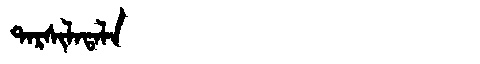
Manchu: ᡨᠠᡵᠰᡳᠯᠠᡨᠠᠯᠠ
Romanization: TARSILATALA